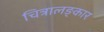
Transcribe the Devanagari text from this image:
चित्रालङ्कार